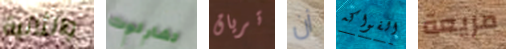
والثانية تشارلوت ترياق أن الفواكه مريعة